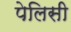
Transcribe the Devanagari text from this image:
पेलिसी